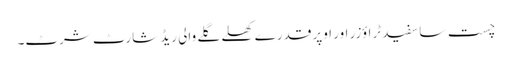
چست سا سفید ٹراؤزر اور اوپر قدرے کھلے گلے والی ریڈ شارٹ شرٹ۔